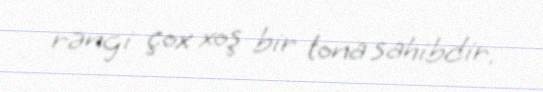
rəngi çox xoş bir tona sahibdir.